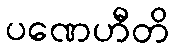
ပဏေဟီတိ